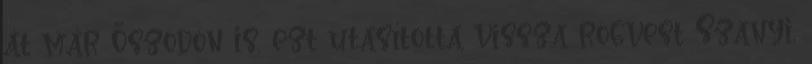
át már Őszödön is, ezt utasította vissza rögvest Szanyi,